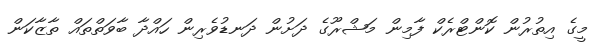
މީގެ އިތުރުން ކޮންޓްރެކް ފާމިން މަޝްރޫގެ ދަށުން ދަނޑުވެރިން ހައްދާ ބާވަތްތައް ތާޒާކަން